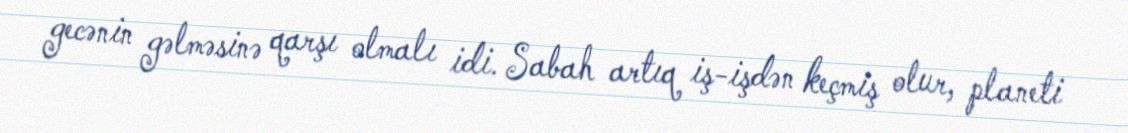
gecənin gəlməsinə qarşı olmalı idi. Sabah artıq iş-işdən keçmiş olur, planeti